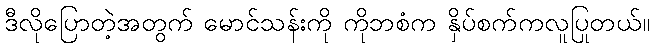
ဒီလိုပြောတဲ့အတွက် မောင်သန်းကို ကိုဘစံက နှိပ်စက်ကလူပြုတယ်။